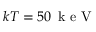
k T = 5 0 \, \mathrm { ~ k ~ e ~ V ~ }